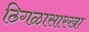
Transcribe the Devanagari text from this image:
ठिगळासारखा